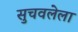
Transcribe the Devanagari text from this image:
सुचवलेला